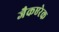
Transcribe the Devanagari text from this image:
जैकएरेक